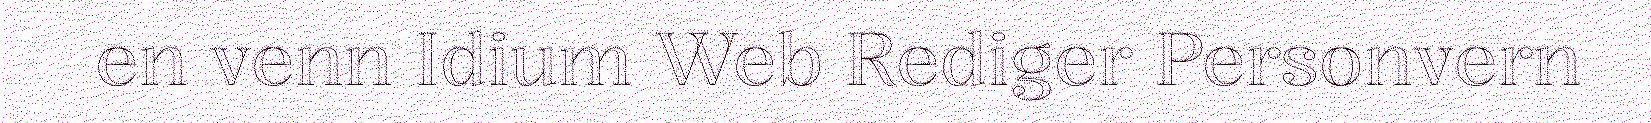
en venn Idium Web Rediger Personvern